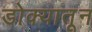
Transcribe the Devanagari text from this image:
डोक्‍यातून